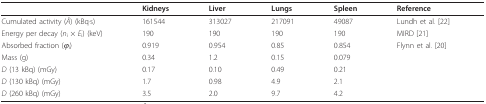
<table><thead><tr><td></td><td><b>Kidneys</b></td><td><b>Liver</b></td><td><b>Lungs</b></td><td><b>Spleen</b></td><td><b>Reference</b></td></tr></thead><tbody><tr><td>Cumulated activity (<i>Ã</i>) (kBq·s)</td><td>161544</td><td>313027</td><td>217091</td><td>49087</td><td>Lundh et al. [22]</td></tr><tr><td>Energy per decay (<i>n</i><sub>i </sub>× <i>E</i><sub>i</sub>) (keV)</td><td>190</td><td>190</td><td>190</td><td>190</td><td>MIRD [21]</td></tr><tr><td>Absorbed fraction (<i>φ</i><sub>i</sub>)</td><td>0.919</td><td>0.954</td><td>0.85</td><td>0.854</td><td>Flynn et al. [20]</td></tr><tr><td>Mass (g)</td><td>0.34</td><td>1.2</td><td>0.15</td><td>0.079</td><td></td></tr><tr><td><i>D </i>(13 kBq) (mGy)</td><td>0.17</td><td>0.10</td><td>0.49</td><td>0.21</td><td></td></tr><tr><td><i>D </i>(130 kBq) (mGy)</td><td>1.7</td><td>0.98</td><td>4.9</td><td>2.1</td><td></td></tr><tr><td><i>D </i>(260 kBq) (mGy)</td><td>3.5</td><td>2.0</td><td>9.7</td><td>4.2</td><td></td></tr></tbody></table>